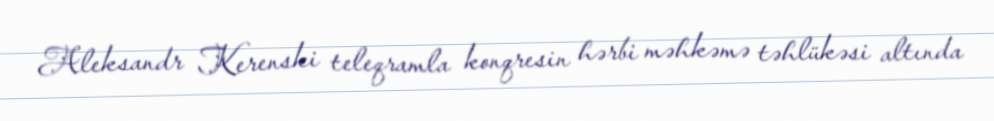
Aleksandr Kerenski teleqramla konqresin hərbi məhkəmə təhlükəsi altında